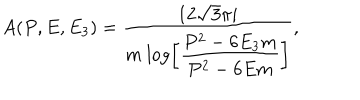
A ( P , E , E _ { 3 } ) = { \frac { 1 2 \sqrt { 3 } \pi i } { m ~ \displaystyle { \log \left[ { \frac { P ^ { 2 } - 6 E _ { 3 } m } { P ^ { 2 } - 6 E m } } \right] } } } ,